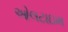
ઓલટાઇમ